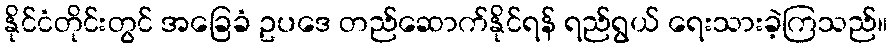
နိုင်ငံတိုင်းတွင် အခြေခံ ဥပဒေ တည်ဆောက်နိုင်ရန် ရည်ရွယ် ရေးသားခဲ့ကြသည်။